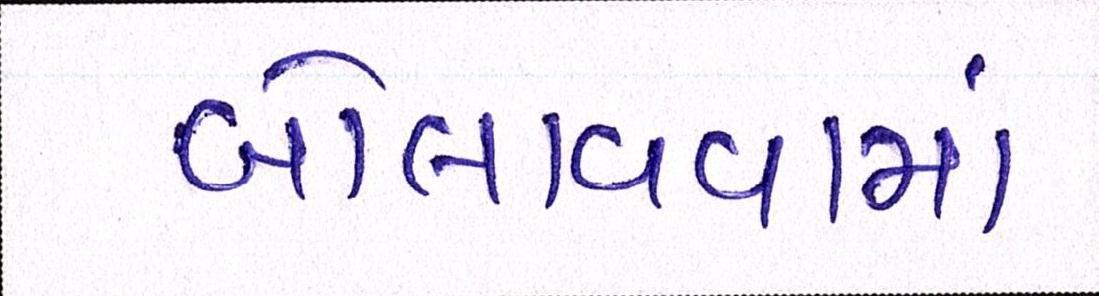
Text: બોલાવવામાં